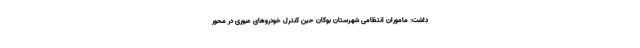
داشت: ماموران انتظامی شهرستان بوکان حین کنترل خودروهای عبوری در محور